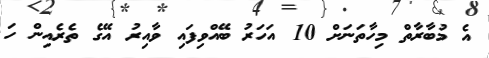
އެ މުބާރާތް މިހާތަނަށް 10 އަހަރު ބޭއްވިފައި ވާއިރު އޭގެ ތެރެއިން ހަ